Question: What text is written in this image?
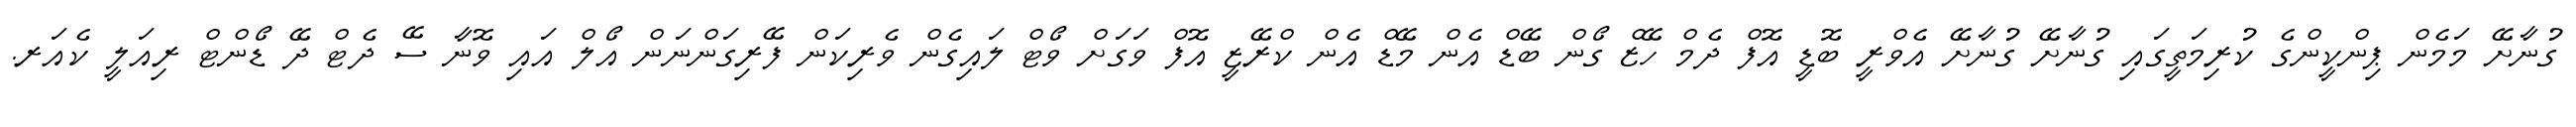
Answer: ގުނާށޭ މަމެން ޕިންކީންގެ ކުރިމަތީގައި ގުނާށޭ ގުނާށޭ އެވްރީ ބޮޑީ އޮފް ދެމް ހޭޒް ގޯން ބޭޑް އެން މޭޑް އެން ކްރޭޒީ އޮފް ވަގަށް ވޯޓް ލައިގެން ވެރިކަން ފޭރިގަންނަން އޯލް އައި ވޮނާ ސޭ ދެޓް ދޭ ޑޯންޓް ރިއަލީ ކެއަރ.